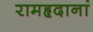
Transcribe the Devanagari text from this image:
रामहृदानां